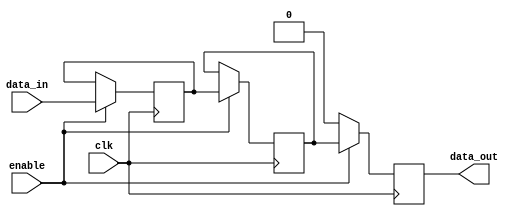
module timing_ctrl_sync(
    input wire clk,
    input wire enable,
    input wire data_in,
    output reg data_out
);

reg delay1, delay2;

always @(posedge clk) begin
    if(enable) begin
        // Implement delay elements here
        delay1 <= data_in;
        delay2 <= delay1;
        data_out <= delay2;
    end else begin
        data_out <= 1'b0; // Deactivate transmission gate
    end
end

endmodule